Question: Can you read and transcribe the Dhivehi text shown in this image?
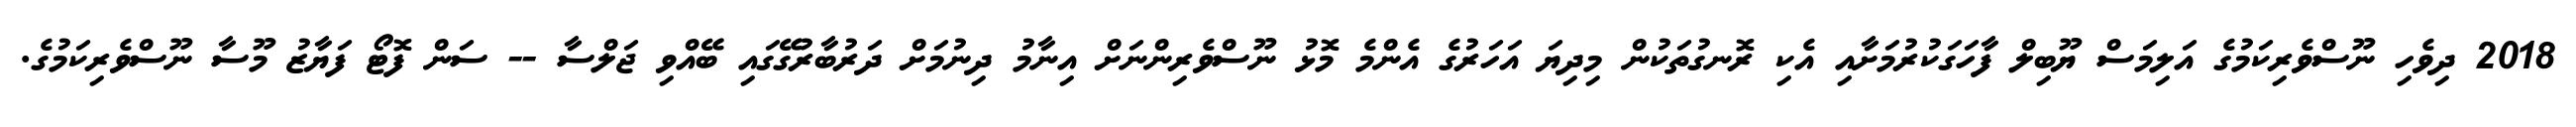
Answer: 2018 ދިވެހި ނޫސްވެރިކަމުގެ އަލިމަސް ޔޫބިލް ފާހަގަކުރުމަށާއި އެކި ރޮނގުތަކުން މިދިޔަ އަހަރުގެ އެންމެ މޮޅު ނޫސްވެރިންނަށް އިނާމު ދިނުމަށް ދަރުބާރުގޭގައި ބޭއްވި ޖަލްސާ -- ސަން ފޮޓޯ ފަޔާޒު މޫސާ ނޫސްވެރިކަމުގެ.